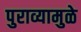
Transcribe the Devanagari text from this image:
पुराव्यामुळे